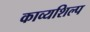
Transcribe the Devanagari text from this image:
काव्यशिल्प